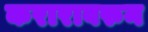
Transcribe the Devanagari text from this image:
करारावरुन